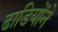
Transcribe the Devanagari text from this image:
ढाडियोंने